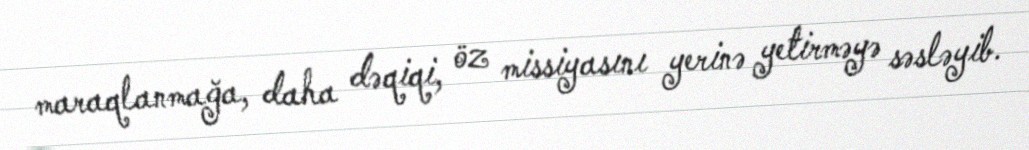
maraqlanmağa, daha dəqiqi, öz missiyasını yerinə yetirməyə səsləyib.